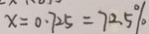
x = 0 . 7 2 5 = 7 2 . 5 \%